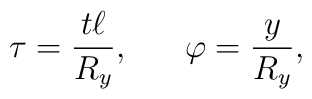
\tau = {t\ell \over R_y}, ~~~~~ \varphi = {y \over R_y},